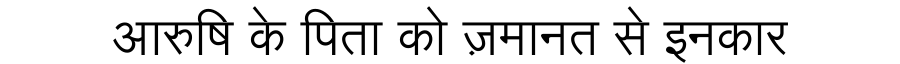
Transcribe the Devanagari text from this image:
आरुषि के पिता को ज़मानत से इनकार